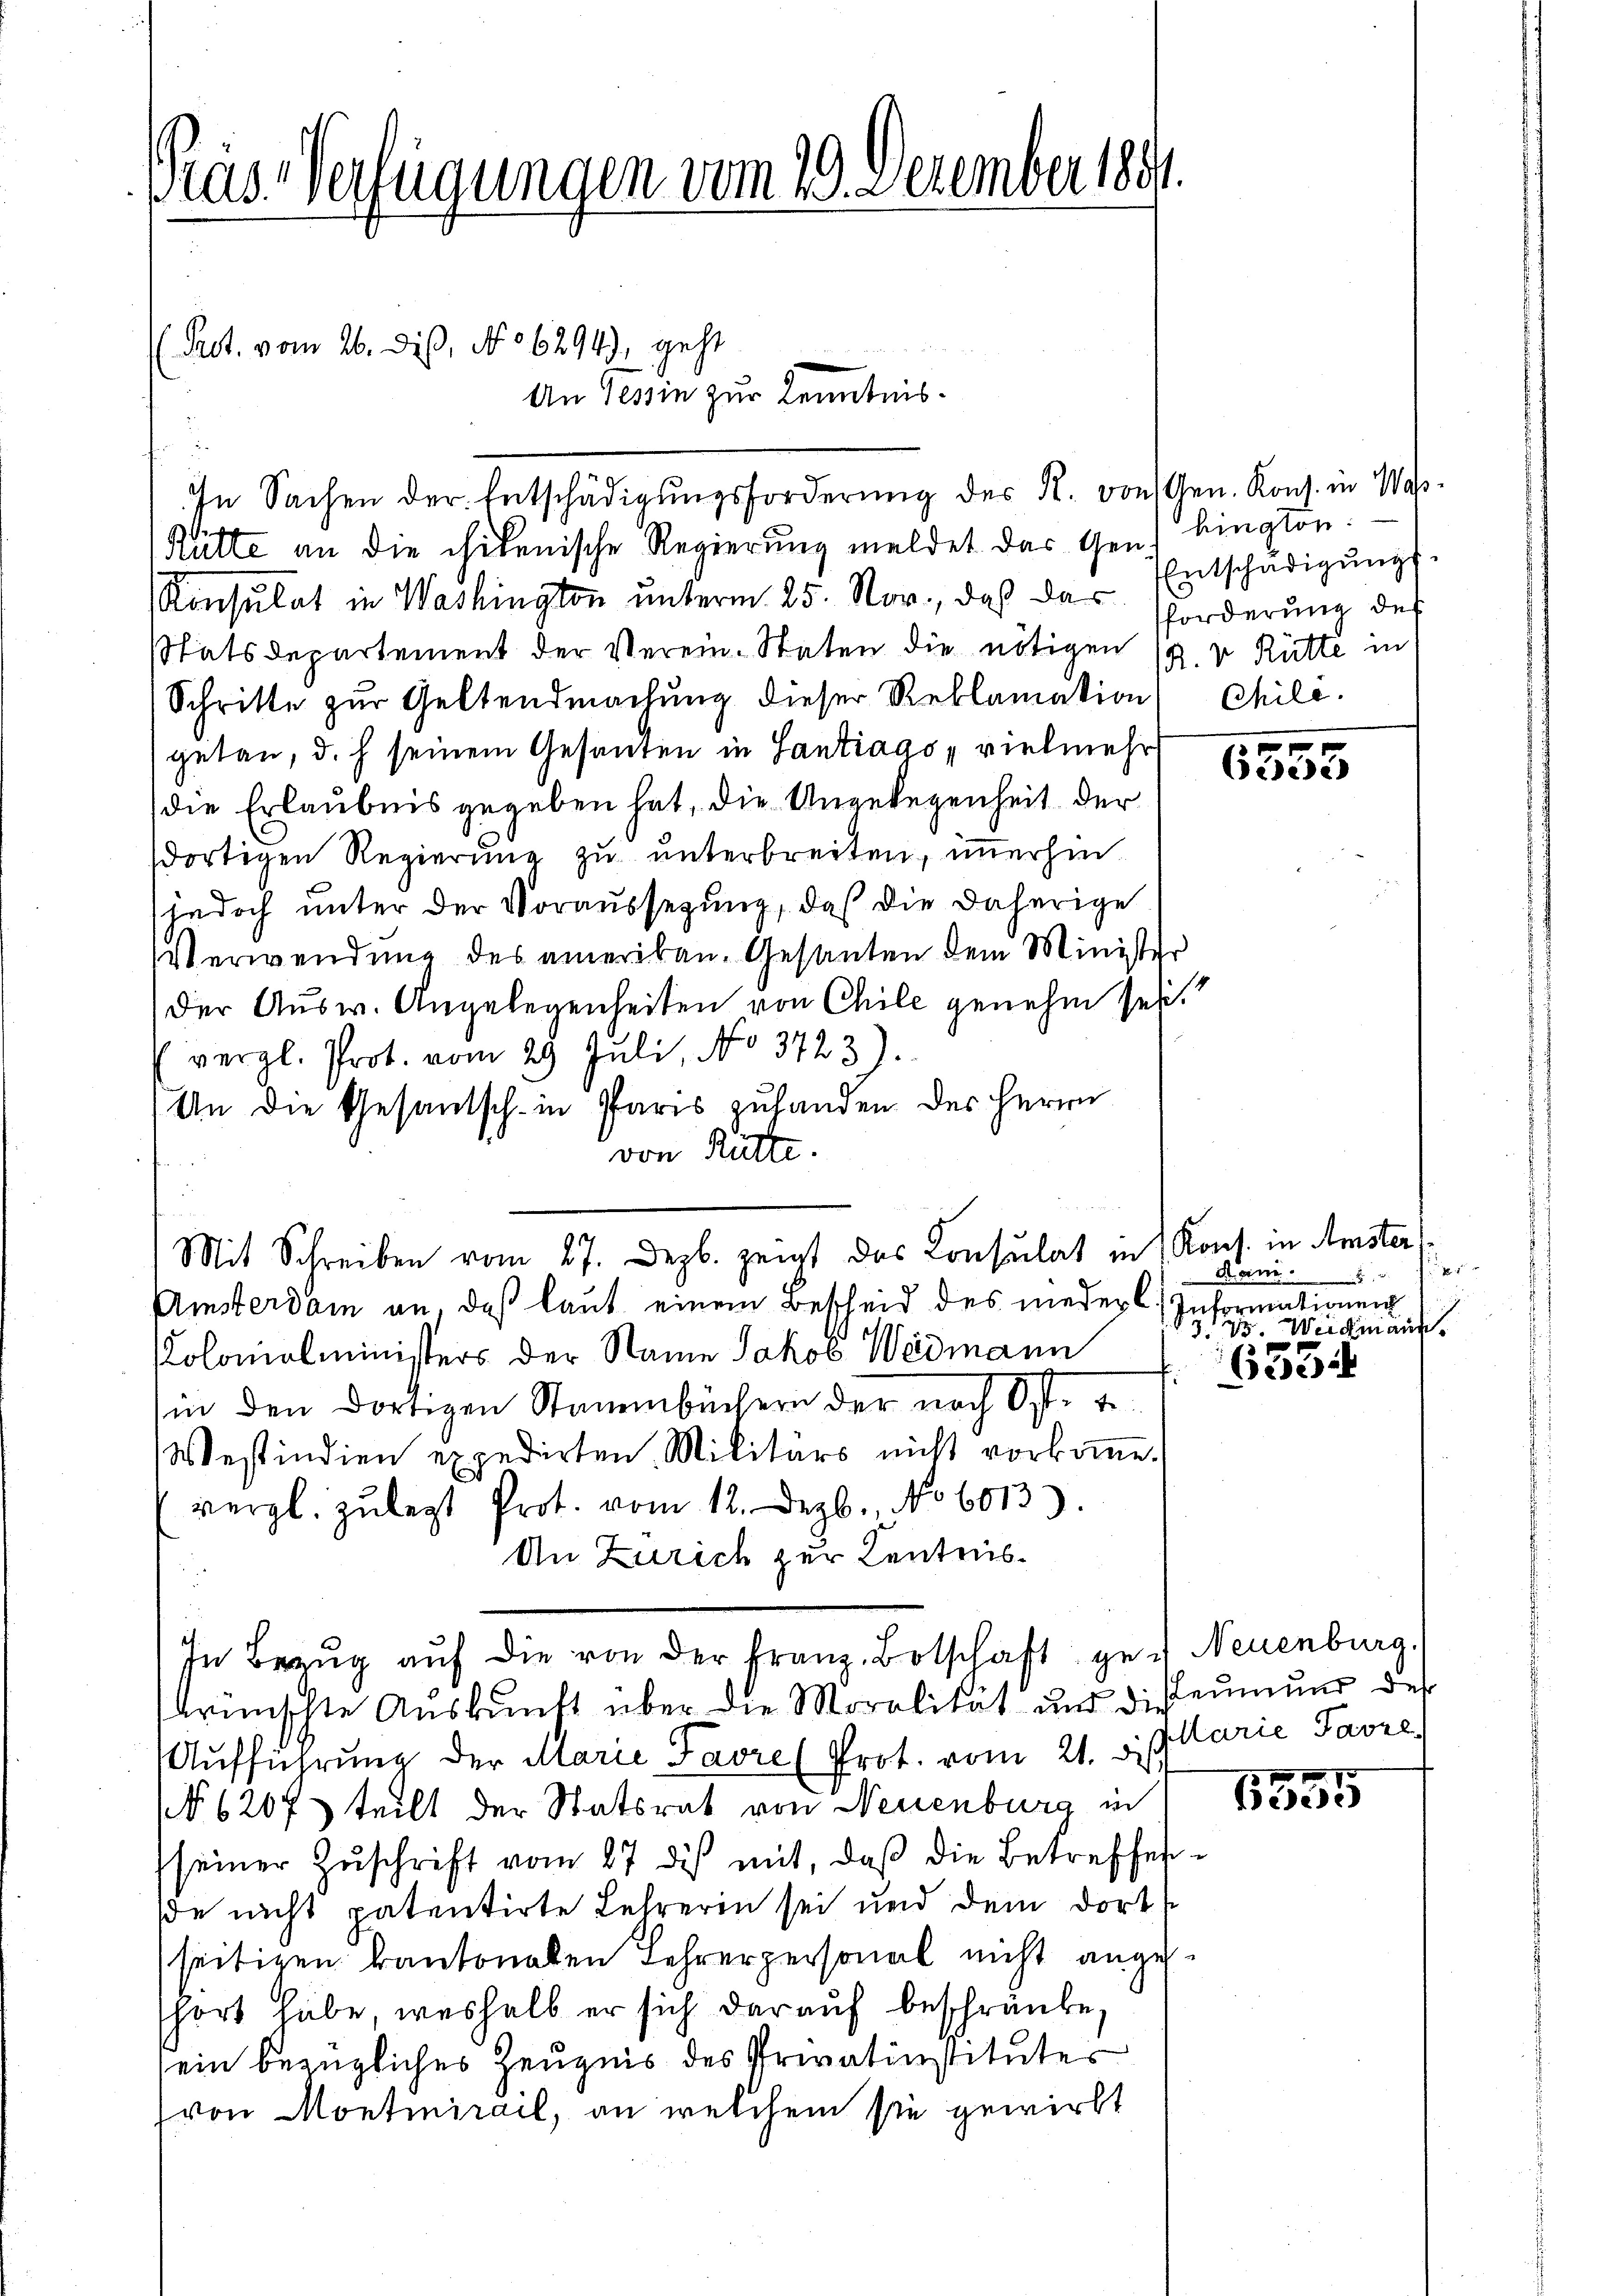
ras Verfügungen vom 19. Dezember 1891

Pact. vom 26. diß, No 6294), geht

An Tessin zur Kenntnis.
In Sachen der Entschädigŭngsforderŭng des R. von Gen. Kons. in Was-
e
Rütte an die chikenische Regierung meldet das Genf bington:
Konsulat in Washington unterm 25. Nov., daß das
stätsdepartement der Verein-Staten die nötigen 19. v. Rütte in
Schritte zur Geltendmachung dieser Reblamation Mile.
getan, d. h. seinem Gesanten in Santrags, vielmehr
die Erlaubnis gegeben hat, die Angelegenheit der
dortigen Regierung zu unterbreiten, immerhin
jedoch unter der Voraussetzung, daß die daherige
Verwendung des amerikan. Gesanten dem Minister
der Aŭsw. Angelegenheiten von Chile genehm sei.
(vergl. Prot. vom 29. Juli, No 3723).
An die Gesantsch in Paris zuhanden des Herrn
von Rütte.
Amsterdam an, daß laut einem Bescheid des nieder C. Informationen
e
Kolomalministers der Name Jakob Widmann
(in den dortigen Stammbüchern der nach Off. u.
Westindien expedirten Militärs nicht vorkoṁe.
vergl. zulegt Prot. vom 12. Dezb., No 6013).
An Zürich zur Centrus¬
In Bezŭg aŭf die von der Franz Botschaft gen Neuenburg.
brünschte Aŭskŭnft über die Moralität und diseŭmŭng des
Aufführung der Marie Favre (Prot. vom 21. Sept Marie Parze
(NN 620f teilt der Statsrat von Neuenburg in
seiner Zŭschrift vom 27 des mit, daß die Betreffende nicht patentirte Lehrerin sei und dem dort
seitigen kantonalen Lehrerpersonal nicht angeshort habe, weshalb er sich darauf beschränke,
sein bezügliches Zeugnis des Privatinstitutes
von Montmirail, an welchem sie gewirkt

Mit Schreiben vom 27. Dezb. zeigt das Consulat in Kons. in Amster,

Entschädigŭngs.
forderung des

e
62357

Steine
eter einen in einem ande
1

ede

1555